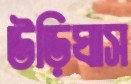
উড়িঘাস